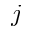
j